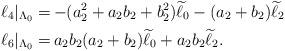
\begin{align*} \ell_4|_{\Lambda_0} =&\, {-} (a_2^2 + a_2 b_2 + b_2^2)\widetilde{\ell}_0 - (a_2 + b_2)\widetilde{\ell}_2\\ \ell_6|_{\Lambda_0} =&\, a_2 b_2 (a_2+b_2)\widetilde{\ell}_0 + a_2 b_2 \widetilde{\ell}_2. \end{align*}